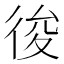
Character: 𢓭